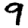
Digit: 9